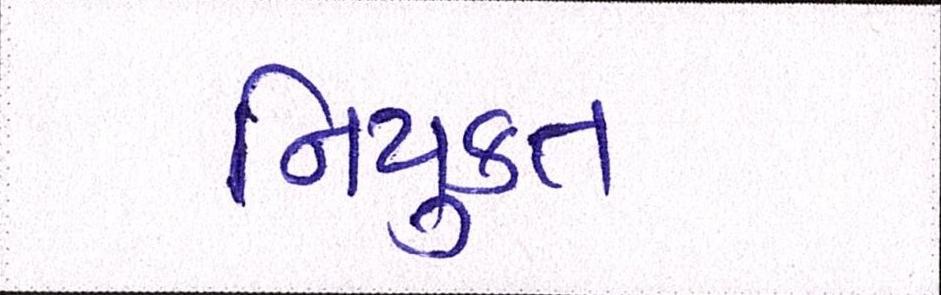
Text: નિયુકત